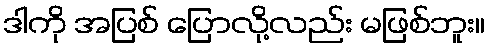
ဒါကို အပြစ် ပြောလို့လည်း မဖြစ်ဘူး။